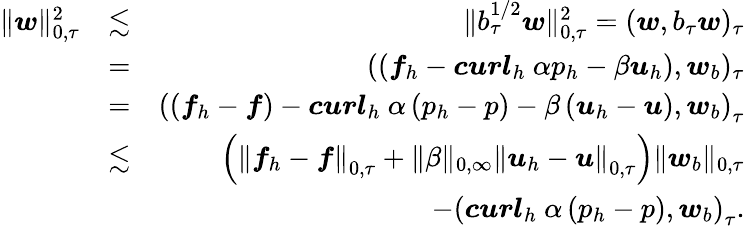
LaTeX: \begin{array}{rlr}{\| \boldsymbol{w}\| _{0,\tau}^{2}}&{\lesssim}&{\| b_{\tau}^{1/2}\boldsymbol{w}\| _{0,\tau}^{2}=(\boldsymbol{w},b_{\tau}\boldsymbol{w})_{\tau}}\\ &{=}&{(\left(\boldsymbol{f}_{h}-\boldsymbol{curl}_{h}~\alpha p_{h}-\beta\boldsymbol{u}_{h}\right),\boldsymbol{w}_{b})_{\tau}}\\ &{=}&{\left(\left(\boldsymbol{f}_{h}-\boldsymbol{f}\right)-\boldsymbol{curl}_{h}~\alpha\left(p_{h}-p\right)-\beta\left(\boldsymbol{u}_{h}-\boldsymbol{u}\right),\boldsymbol{w}_{b}\right)_{\tau}}\\ &{\lesssim}&{\left(\left\| \boldsymbol{f}_{h}-\boldsymbol{f}\right\| _{0,\tau}+\| \beta\| _{0,\infty}\left\| \boldsymbol{u}_{h}-\boldsymbol{u}\right\| _{0,\tau}\right)\| \boldsymbol{w}_{b}\| _{0,\tau}}\\ &{}&{-\left(\boldsymbol{curl}_{h}~\alpha\left(p_{h}-p\right),\boldsymbol{w}_{b}\right)_{\tau}.}\end{array}